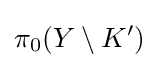
\pi _{0}(Y\setminus K')